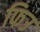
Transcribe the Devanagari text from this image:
फिउ